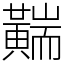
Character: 䵎